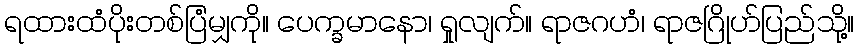
ရထားထံပိုးတစ်ပြံမျှကို။ ပေက္ခမာနော၊ ရှုလျက်။ ရာဇဂဟံ၊ ရာဇဂြိုဟ်ပြည်သို့။